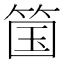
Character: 𫂆